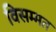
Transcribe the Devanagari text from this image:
विसम्मत